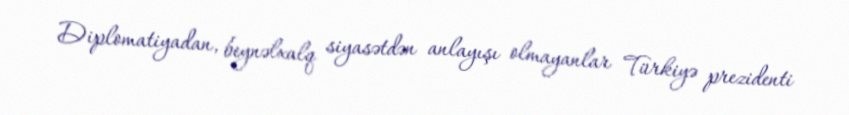
Diplomatiyadan, beynəlxalq siyasətdən anlayışı olmayanlar Türkiyə prezidenti